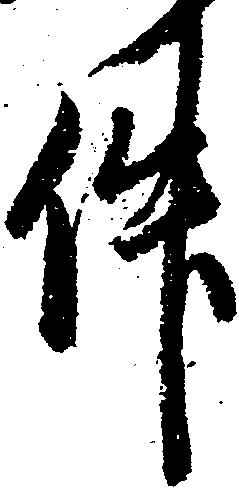
件